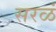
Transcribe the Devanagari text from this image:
सरळं